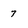
Character: 7